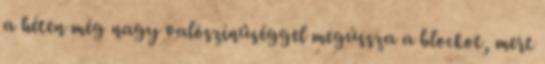
a héten még nagy valószínűséggel megússza a blockot, mert